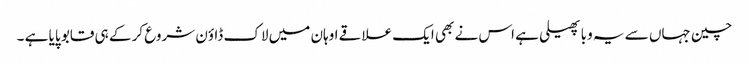
چین جہاں سے یہ وبا پھیلی ہے اس نے بھی ایک علاقے اوہان میں لاک ڈاؤن شروع کر کے ہی قابو پایا ہے ۔